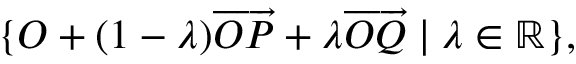
\{ O + ( 1 - \lambda ) { \overrightarrow { O P } } + \lambda { \overrightarrow { O Q } } \mid \lambda \in \mathbb { R } \} ,